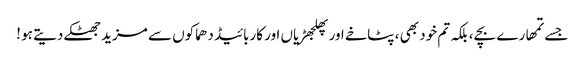
جسے تمھارے بچے ، بلکہ تم خود بھی ، پٹاخے اور پھلجھڑیاں اور کاربائیڈ دھماکوں سے مزید جھٹکے دیتے ہو !